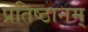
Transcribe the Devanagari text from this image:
प्रतिष्ठानम्